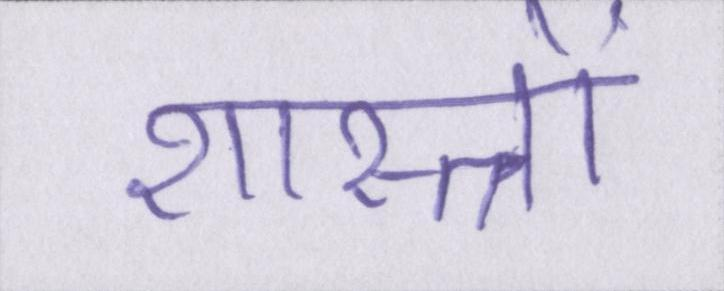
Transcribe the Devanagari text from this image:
शास्त्रों